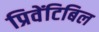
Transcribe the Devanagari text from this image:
प्रिवेंटिबिल